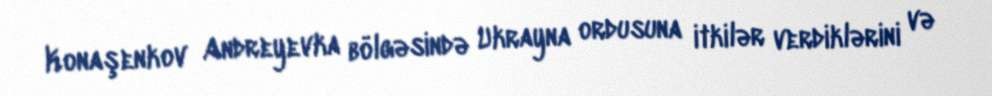
Konaşenkov Andreyevka bölgəsində Ukrayna ordusuna itkilər verdiklərini və